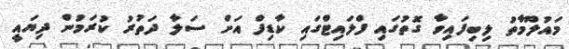
މައުލޫމާތު ލިބިފައިވާ ގޮތުގައި ފްލައިޓްގައި ކާޑިފް އަށް ސަލާ ދަތުރު ކުރަމުން ދިޔައީ